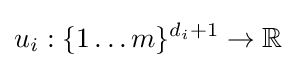
u_{i}:\{1\ldots m\}^{d_{i}+1}\rightarrow \mathbb {R}